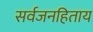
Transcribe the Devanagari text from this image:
सर्वजनहिताय